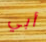
أبي